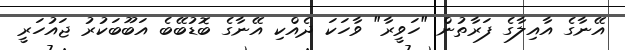
އޭނާގެ އާއިލާގެ ފަރާތުން "ހަވީރާ" ވާހަކަ ދެއްކި އޭނާގެ ބޮޑުބޭބެ އަބޫބަކުރު ޖައުހަރީ